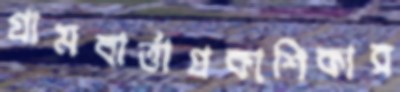
গ্রামবার্ত্তাপ্রকাশিকার